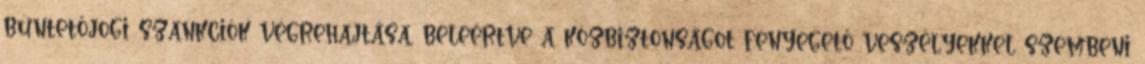
büntetőjogi szankciók végrehajtása, beleértve a közbiztonságot fenyegető veszélyekkel szembeni